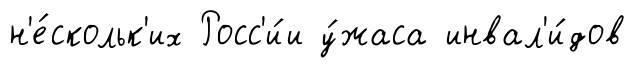
н'е́скольк'их Росс'и́и у́жаса инвал'и́дов